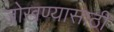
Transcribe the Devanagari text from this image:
जोखण्यासाठी